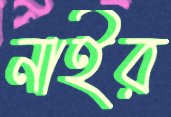
নাইর